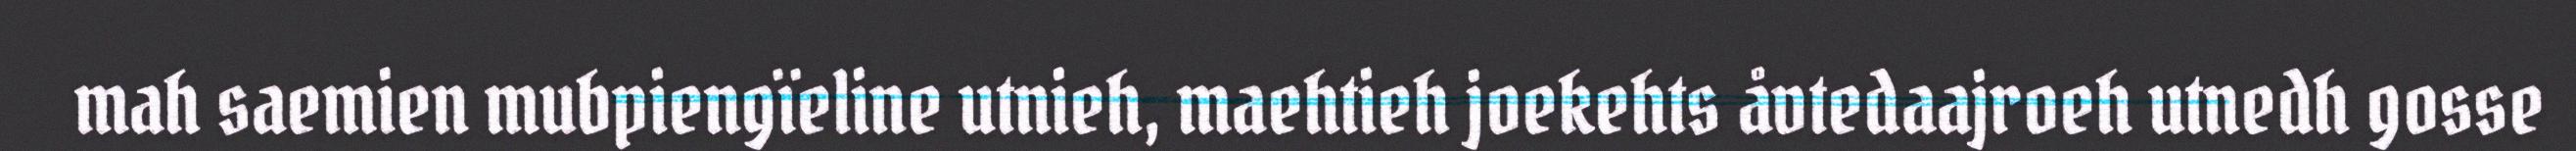
mah saemien mubpiengïeline utnieh, maehtieh joekehts åvtedaajroeh utnedh gosse